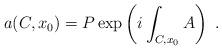
\begin{align*}a(C,x_0)= P\exp\left(i\int_{C,x_0} A\right)~.\end{align*}